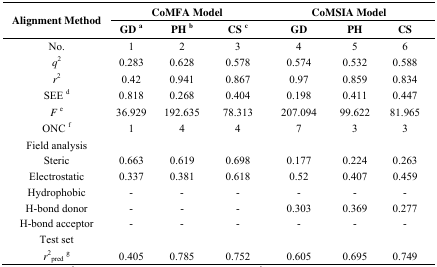
<table><thead><tr><td rowspan="3"><b>Alignment Method</b></td><td colspan="3"><b>CoMFA Model</b></td><td colspan="3"><b>CoMSIA Model</b></td></tr><tr><td><b>GD a</b></td><td><b>PH b</b></td><td><b>CS c</b></td><td><b>GD</b></td><td><b>PH</b></td><td><b>CS</b></td></tr></thead><tbody><tr><td>No.</td><td>1</td><td>2</td><td>3</td><td>4</td><td>5</td><td>6</td></tr><tr><td><i>q</i><sup>2</sup></td><td>0.283</td><td>0.628</td><td>0.578</td><td>0.574</td><td>0.532</td><td>0.588</td></tr><tr><td><i>r</i><sup>2</sup></td><td>0.42</td><td>0.941</td><td>0.867</td><td>0.97</td><td>0.859</td><td>0.834</td></tr><tr><td>SEE d</td><td>0.818</td><td>0.268</td><td>0.404</td><td>0.198</td><td>0.411</td><td>0.447</td></tr><tr><td><i>F</i>e</td><td>36.929</td><td>192.635</td><td>78.313</td><td>207.094</td><td>99.622</td><td>81.965</td></tr><tr><td>ONC f</td><td>1</td><td>4</td><td>4</td><td>7</td><td>3</td><td>3</td></tr><tr><td>Field analysis</td><td></td><td></td><td></td><td></td><td></td><td></td></tr><tr><td>Steric</td><td>0.663</td><td>0.619</td><td>0.698</td><td>0.177</td><td>0.224</td><td>0.263</td></tr><tr><td>Electrostatic</td><td>0.337</td><td>0.381</td><td>0.618</td><td>0.52</td><td>0.407</td><td>0.459</td></tr><tr><td>Hydrophobic</td><td>-</td><td>-</td><td>-</td><td>-</td><td>-</td><td>-</td></tr><tr><td>H-bond donor</td><td>-</td><td>-</td><td>-</td><td>0.303</td><td>0.369</td><td>0.277</td></tr><tr><td>H-bond acceptor</td><td>-</td><td>-</td><td>-</td><td>-</td><td>-</td><td>-</td></tr><tr><td>Test set</td><td></td><td></td><td></td><td></td><td></td><td></td></tr><tr><td><i>r</i><sup>2</sup><sub>pred</sub>g</td><td>0.405</td><td>0.785</td><td>0.752</td><td>0.605</td><td>0.695</td><td>0.749</td></tr></tbody></table>